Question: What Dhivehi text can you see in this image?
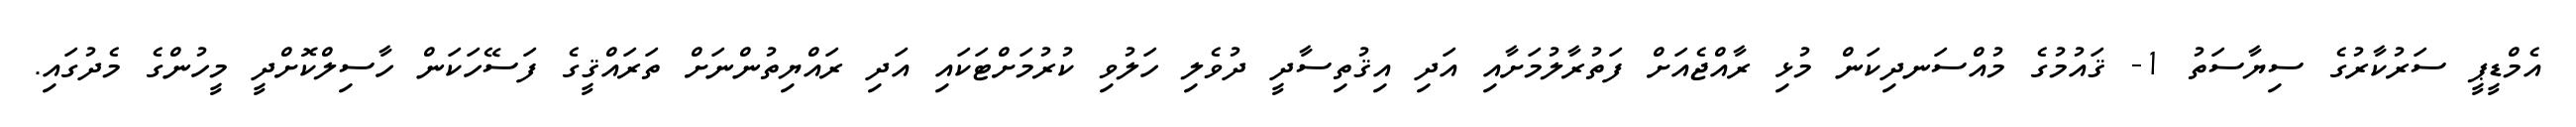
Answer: އެމްޑީޕީ ސަރުކާރުގެ ސިޔާސަތު 1- ޤައުމުގެ މުއްސަނދިކަން މުޅި ރާއްޖެއަށް ފަތުރާލުމަށާއި އަދި އިޤުތިސާދީ ދުވެލި ހަލުވި ކުރުމަށްޓަކައި އަދި ރައްޔިތުންނަށް ތަރައްޤީގެ ފަސޭހަކަން ހާސިލްކޮށްދީ މީހުންގެ މެދުގައި.